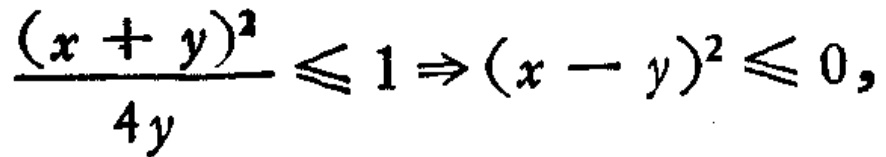
\frac{(x + y)^2}{4y} \leq 1 \Rightarrow (x - y)^2 \leq 0,